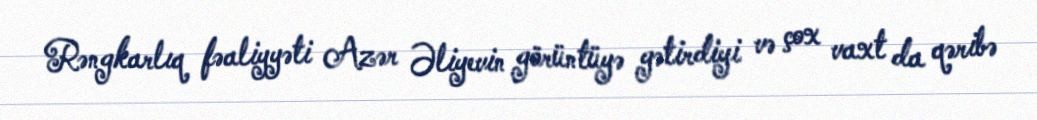
Rəngkarlıq fəaliyyəti Azər Əliyevin görüntüyə gətirdiyi və çox vaxt da qəribə